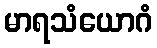
မာရသံယောဂံ